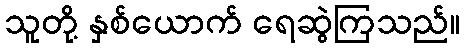
သူတို့ နှစ်ယောက် ရေဆွဲကြသည်။